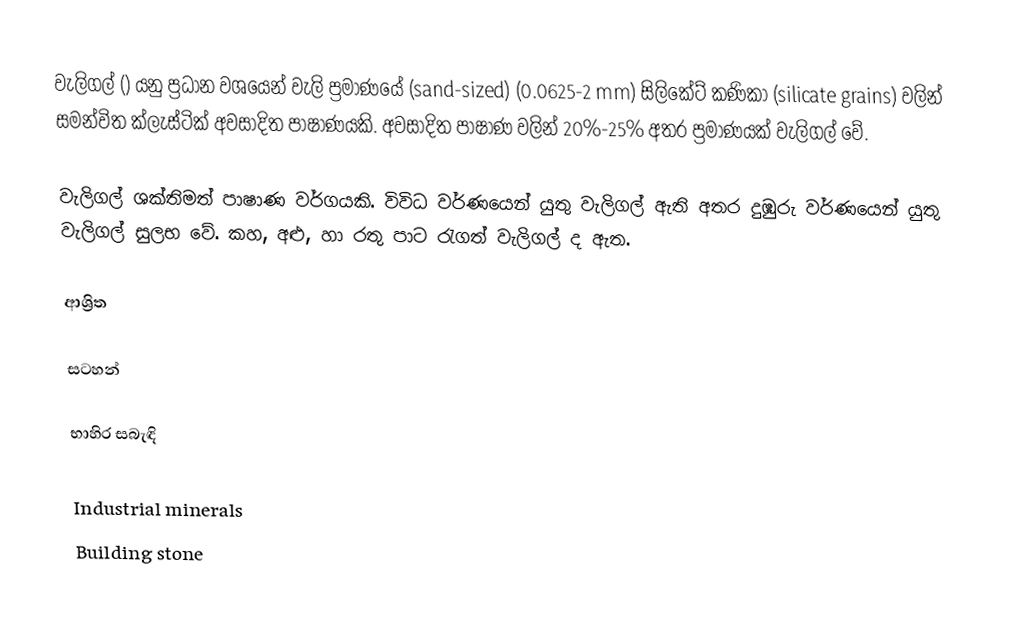
වැලිගල් () යනු ප්‍රධාන වශයෙන් වැලි ප්‍රමාණයේ (sand-sized) (0.0625-2 mm) සිලිකේට් කණිකා (silicate grains) වලින් සමන්විත ක්ලැස්ටික් අවසාදිත පාෂාණයකි. අවසාදිත පාෂාණ වලින්  20%-25% අතර ප්‍රමාණයක් වැලිගල් වේ.

වැලිගල් ශක්තිමත් පාෂාණ වර්ගයකි. විවිධ වර්ණයෙන් යුතු වැලිගල් ඇති අතර දුඹුරු වර්ණයෙන් යුතු වැලිගල් සුලභ වේ. කහ, අළු, හා රතු පාට රැගත් වැලිගල් ද ඇත.

ආශ්‍රිත

සටහන්

භාහිර සබැඳි

Industrial minerals
Building stone